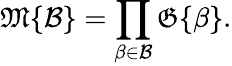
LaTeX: {\mathfrak{M}}\{ {\mathcal{B}}\} =\prod_{\beta\in{\mathcal{B}}}{\mathfrak{G}}\{ \beta\} .